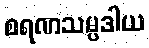
စရဏသမ္ပဒါယ